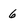
Character: 6